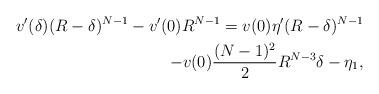
LaTeX: \begin{align*}v'(\delta)(R-\delta)^{N-1}-v'(0)R^{N-1}= v(0)\eta' (R-\delta)^{N-1}\\ -v(0)\frac{(N-1)^2}{2}R^{N-3}\delta -\eta_1,\end{align*}